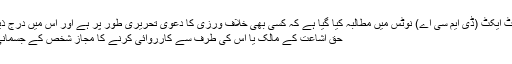
ڈیجیٹل ملینیم کاپی رائٹ ایکٹ (ڈی ایم سی اے) نوٹس میں مطالبہ کیا گیا ہے کہ کسی بھی خلاف ورزی کا دعوی تحریری طور پر ہے اور اس میں درج ذیل معلومات شامل ہیں:
حق اشاعت کے مالک یا اس کی طرف سے کارروائی کرنے کا مجاز شخص کے جسمانی یا الیکٹرانک دستخط۔